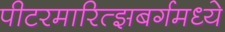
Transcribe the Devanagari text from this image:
पीटरमारित्झबर्गमध्ये